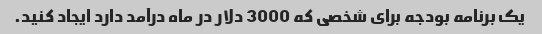
یک برنامه بودجه برای شخصی که 3000 دلار در ماه درآمد دارد ایجاد کنید.